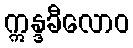
ဣန္ဒခီလောဝ